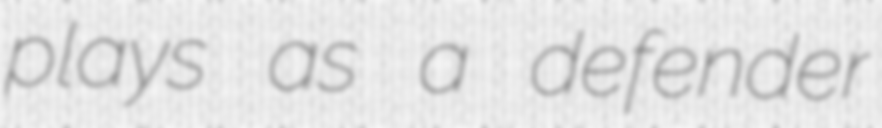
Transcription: plays as a defender